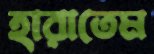
হারাতেম